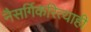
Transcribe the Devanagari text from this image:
नैसर्गिकरित्याही